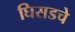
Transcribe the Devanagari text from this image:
घिसडचे